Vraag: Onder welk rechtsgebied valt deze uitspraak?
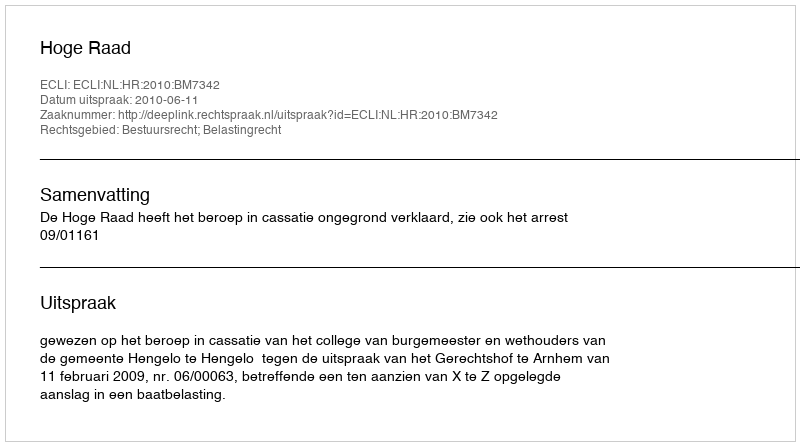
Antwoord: Bestuursrecht; Belastingrecht